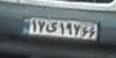
۱۷ی۱۹۷۶۶